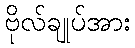
ဗိုလ်ချုပ်အား